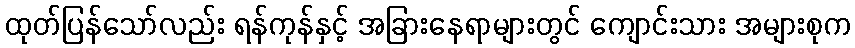
ထုတ်ပြန်သော်လည်း ရန်ကုန်နှင့် အခြားနေရာများတွင် ကျောင်းသား အများစုက